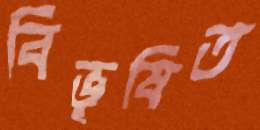
বিভূষিত